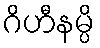
ဂိဟီနမ္ပိ